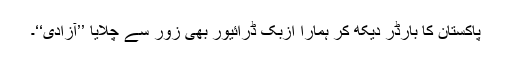
پاکستان کا بارڈر دیکھ کر ہمارا اُزبک ڈرائیور بھی زور سے چلایا ’’آزادی‘‘۔